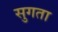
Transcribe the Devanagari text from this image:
सुगता